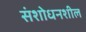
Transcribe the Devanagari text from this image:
संशोधनशील